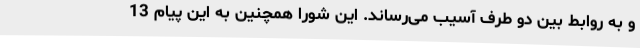
و به روابط بین دو طرف آسیب می‌رساند. این شورا همچنین به این پیام 13